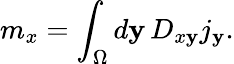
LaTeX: m_{x}=\int_{\Omega}d\mathbf{y}\, D_{x\mathbf{y}}j_{\mathbf{y}}.